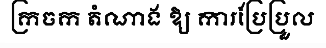
ក្រចក តំណាង ឱ្យ ការប្រែប្រួល